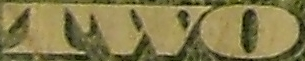
TWO